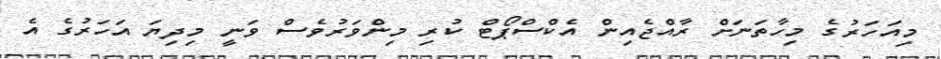
މިއަހަރުގެ މިހާތަނަށް ރާއްޖެއިން އެކްސްޕޯޓް ކުރި މިންވަރުވެސް ވަނީ މިދިޔަ އަހަރުގެ އެ